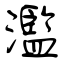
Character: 濫